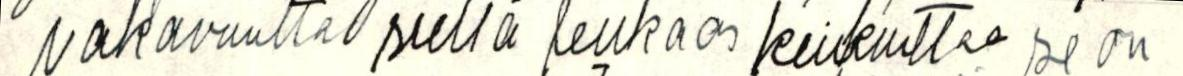
vakavuutta siellä leukaas keikuittaa se on